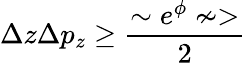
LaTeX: \Delta z\Delta p_{z}\geq\frac{\sim e^{\phi}\nsim>}{2}